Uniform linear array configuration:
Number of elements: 8
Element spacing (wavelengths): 0.25
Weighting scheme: hamming
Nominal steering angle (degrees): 0
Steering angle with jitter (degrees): -0.04645
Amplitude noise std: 0.05
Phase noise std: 0.05

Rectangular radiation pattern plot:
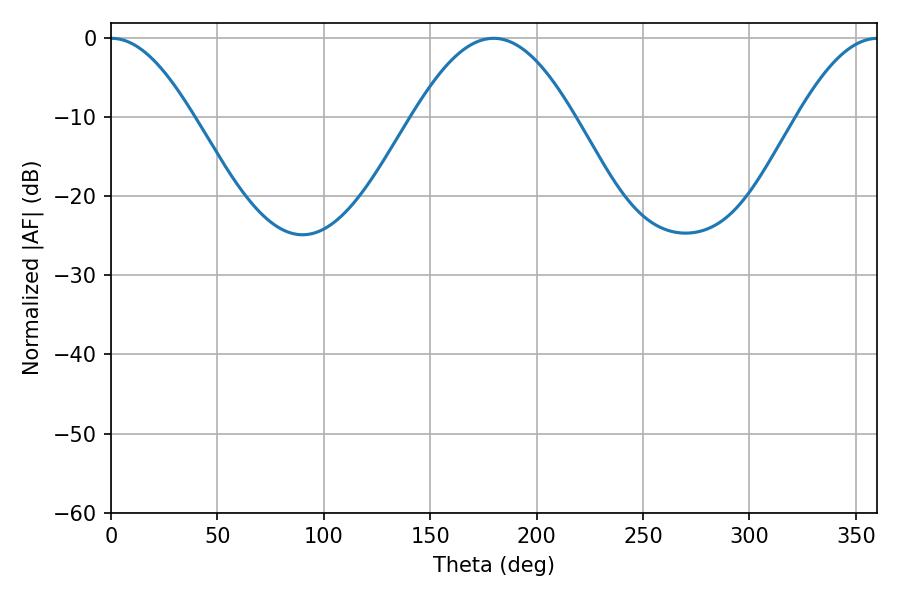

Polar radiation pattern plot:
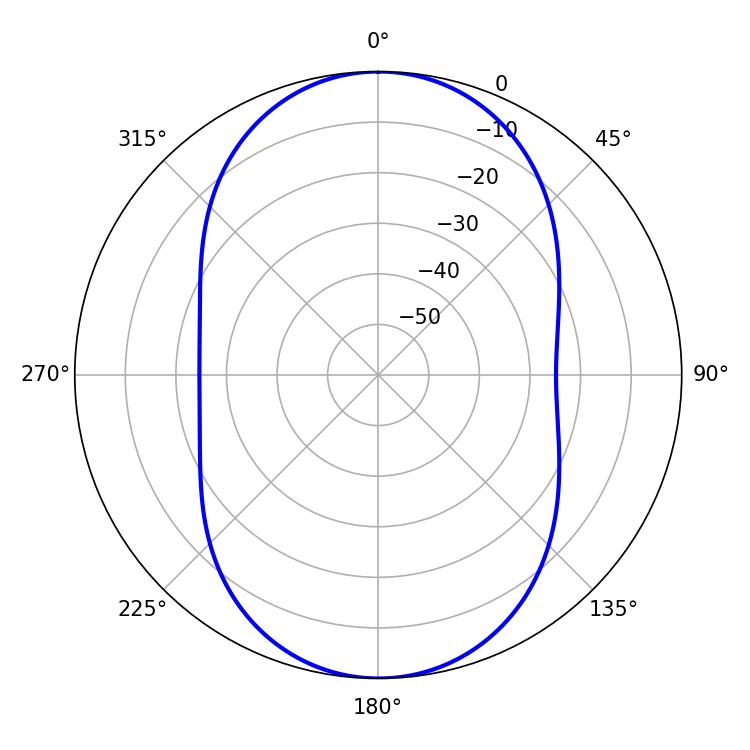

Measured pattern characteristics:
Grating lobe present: FALSE
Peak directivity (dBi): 22.955
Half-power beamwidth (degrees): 20.88
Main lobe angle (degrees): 0.18